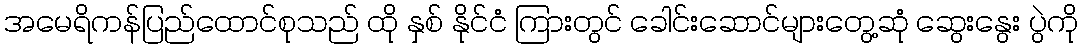
အမေရိကန်ပြည်ထောင်စုသည် ထို နှစ် နိုင်ငံ ကြားတွင် ခေါင်းဆောင်များတွေ့ဆုံ ဆွေးနွေး ပွဲကို